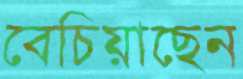
বেচিয়াছেন